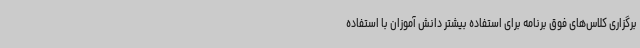
برگزاری کلاس‌های فوق برنامه برای استفاده بیشتر دانش آموزان با استفاده